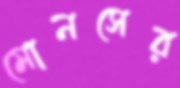
মোনসের